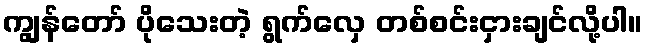
ကျွန်တော် ပိုသေးတဲ့ ရွက်လှေ တစ်စင်းငှားချင်လို့ပါ။